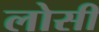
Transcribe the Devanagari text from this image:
लोसी